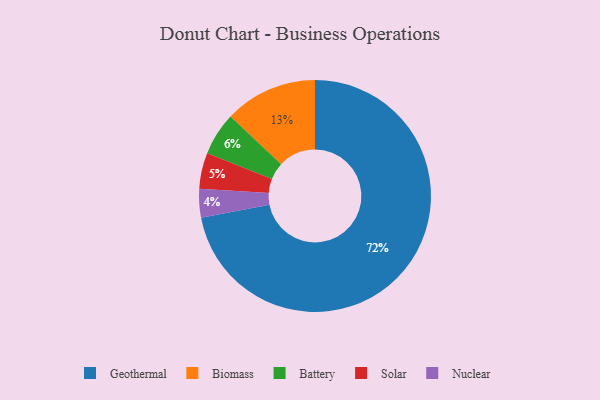
{"axis": {"x": "Category", "y": "Percentage"}, "legend": ["Battery", "Biomass", "Geothermal", "Nuclear", "Solar"], "data": [{"x": "Nuclear", "y": 4, "type": "Nuclear"}, {"x": "Biomass", "y": 13, "type": "Biomass"}, {"x": "Solar", "y": 5, "type": "Solar"}, {"x": "Battery", "y": 6, "type": "Battery"}, {"x": "Geothermal", "y": 72, "type": "Geothermal"}]}